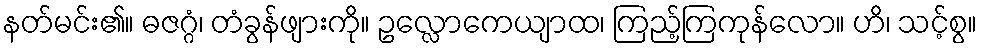
နတ်မင်း၏။ ဓဇဂ္ဂံ၊ တံခွန်ဖျားကို။ ဥလ္လောကေယျာထ၊ ကြည့်ကြကုန်လော။ ဟိ၊ သင့်စွ။